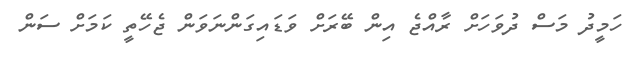
ހަމީދު މަސް ދުވަހަށް ރާއްޖެ އިން ބޭރަށް ވަޑައިގަންނަވަން ޖެހޭތީ ކަމަށް ސަން